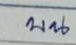
บน